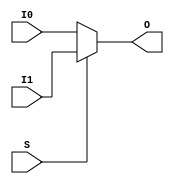
///////////////////////////////////////////////////////////////////////////////
// Copyright (c) 1995/2015 Xilinx, Inc.
// All Right Reserved.
///////////////////////////////////////////////////////////////////////////////
//   ____  ____
//  /   /\/   /
// /___/  \  /    Vendor : Xilinx
// \   \   \/     Version : 2015.4
//  \   \         Description : Xilinx Formal Library Component
//  /   /                  Global Clock Mux Buffer with Output State 0
// /___/   /\     Filename : BUFGMUX_1.v
// \   \  /  \
//  \___\/\___\
//
///////////////////////////////////////////////////////////////////////////////
// Revision:
//    03/23/04 - Initial version.
//    05/23/07 - Changed timescale to 1 ps / 1 ps.
//    01/11/08 - Add CLK_SEL_TYPE attribute.
//    12/13/11 - Added `celldefine and `endcelldefine (CR 524859).
// End Revision
///////////////////////////////////////////////////////////////////////////////

`timescale  1 ps / 1 ps

`celldefine

module BUFGMUX_1 (O, I0, I1, S);

    parameter CLK_SEL_TYPE = "SYNC";
    output O;

    input  I0, I1, S;

    reg    O;
    
        always @(I0 or I1 or S) begin

            if (S)
                O <= I1;

            else
                O <= I0;

        end

endmodule

`endcelldefine